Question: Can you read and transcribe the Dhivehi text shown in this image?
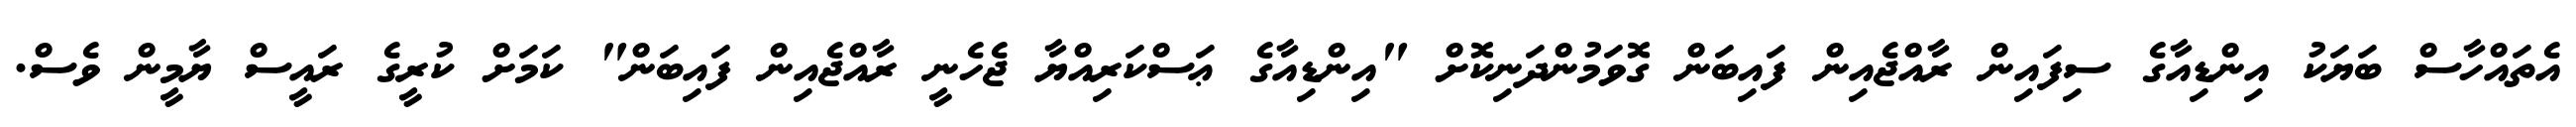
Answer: އެތައްހާސް ބަޔަކު އިންޑިއާގެ ސިފައިން ރާއްޖެއިން ފައިބަން ގޮވަމުންދަނިކޮށް "އިންޑިއާގެ ޢަސްކަރިއްޔާ ޖެހެނީ ރާއްޖެއިން ފައިބަން" ކަމަށް ކުރީގެ ރައީސް ޔާމީން ވެސް.